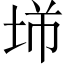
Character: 𡋁